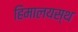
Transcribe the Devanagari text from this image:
हिमालयस्थ